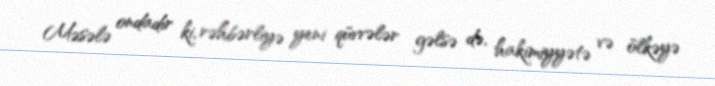
Məsələ ondadır ki, rəhbərliyə yeni qüvvələr gəlsə də, hakimiyyətə və ölkəyə